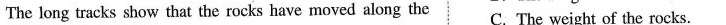
The long tracks show that the rocks have moved along the C. The weight of the rocks.